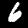
Digit: 6